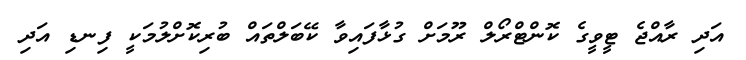
އަދި ރާއްޖެ ޓީވީގެ ކޮންޓްރޯލް ރޫމަށް ގުޅާފައިވާ ކޭބަލްތައް ބުރިކޮށްލުމަކީ ފިނޑި އަދި